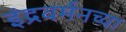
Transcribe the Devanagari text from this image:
इंद्रवर्मनच्या